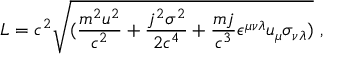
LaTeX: L = c ^ { 2 } \sqrt { ( { \frac { m ^ { 2 } u ^ { 2 } } { c ^ { 2 } } } + { \frac { j ^ { 2 } \sigma ^ { 2 } } { 2 c ^ { 4 } } } + { \frac { m j } { c ^ { 3 } } } \epsilon ^ { \mu \nu \lambda } u _ { \mu } \sigma _ { \nu \lambda } ) } ~ ,